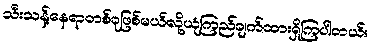
သီးသန့်နေရာတစ်ခုဖြစ်မယ်လို့ယုံကြည်ချက်ထားရှိကြပါတယ်။